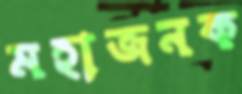
মহাজনক